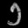
Digit: ၁